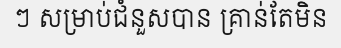
ៗ សម្រាប់ជំនួសបាន គ្រាន់តែមិន